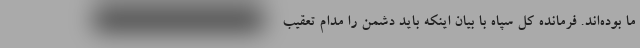
ما بوده‌اند. فرمانده کل سپاه با بیان اینکه باید دشمن را مدام تعقیب